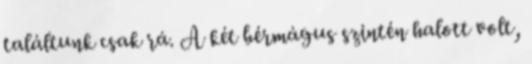
találtunk csak rá. A két bérmágus szintén halott volt,